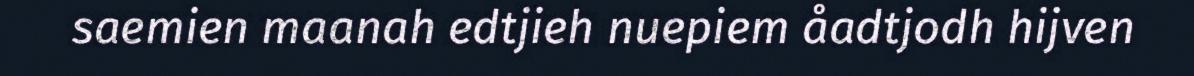
saemien maanah edtjieh nuepiem åadtjodh hijven